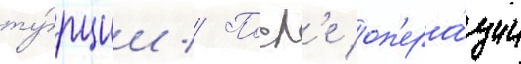
ту́рции // Посл'е оп'ера́ции